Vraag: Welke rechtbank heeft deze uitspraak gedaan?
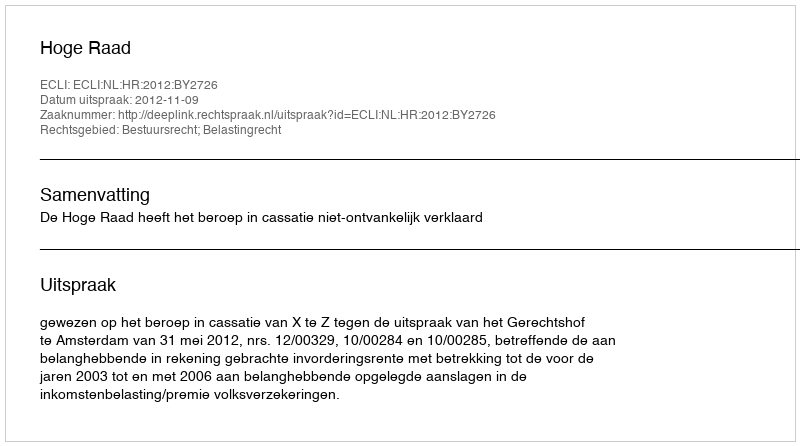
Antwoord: Hoge Raad